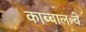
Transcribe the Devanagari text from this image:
काब्बालःचे